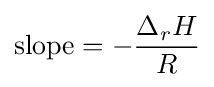
{\text{slope}}=-{\frac {\Delta _{r}H}{R}}